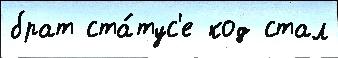
брат ста́тус'е код стал